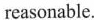
reasonable.